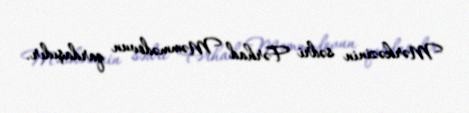
Mərkəzinin sədri Fərhad Məmmədovun qardaşıdır.